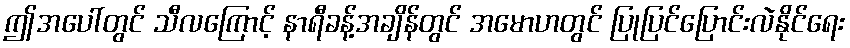
ဤအပေါ်တွင် သီလကြောင့် နာရီခန့်အချိန်တွင် အမောဟတွင် ပြုပြင်ပြောင်းလဲနိုင်ရေး